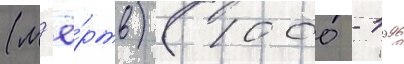
(м'ё́ртв) (1000 - 1996